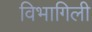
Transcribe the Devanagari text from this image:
विभागिली